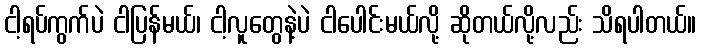
ငါ့ရပ်ကွက်ပဲ ငါပြန်မယ်၊ ငါ့လူတွေနဲ့ပဲ ငါပေါင်းမယ်လို့ ဆိုတယ်လို့လည်း သိရပါတယ်။